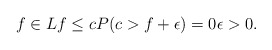
\begin{align*}f\in Lf\le cP(c>f+\epsilon)=0\epsilon>0.\end{align*}